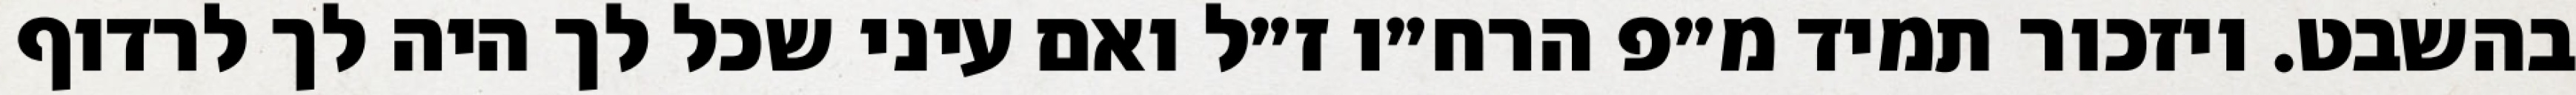
בהשבט. ויזכור תמיד מ״פ הרח״ו ז״ל ואם עיני שכל לך היה לך לרדוף